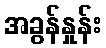
အခွန်နှုန်း